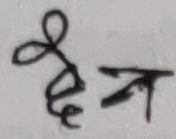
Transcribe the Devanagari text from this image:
द्वन